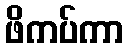
ဖိကပ်ကာ